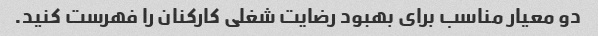
دو معیار مناسب برای بهبود رضایت شغلی کارکنان را فهرست کنید.